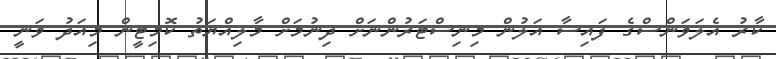
ކާރު އެލަވަންސްގެ ފައިސާ އަލުން މިނިސްޓަރުންނަށް ދިނުމަށް މާލިއްޔަތު ކޮމިޓީން މިއަދު ވަނީ